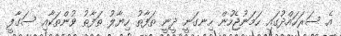
އެ ސަރަހައްދުގައި ހަމަނުޖެހުން ހިނގަނީ ދީނީ ތަފާތު ހިޔާލު ތަފާތު ވުންތަކާއި ސަގާފީ